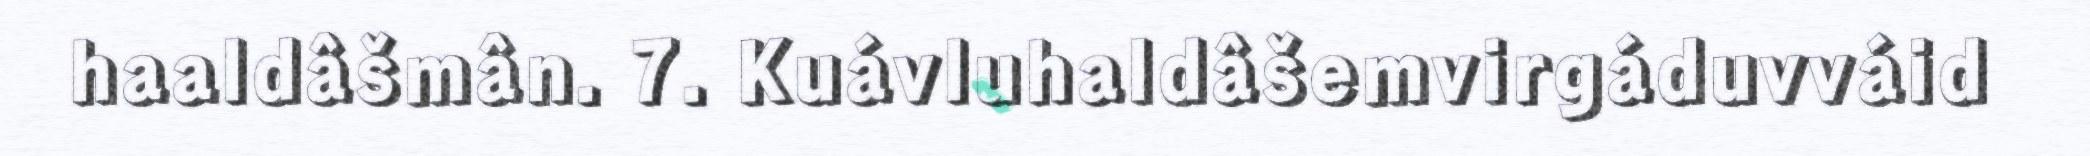
haaldâšmân. 7. Kuávluhaldâšemvirgáduvváid